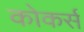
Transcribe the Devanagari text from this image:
कोकर्स